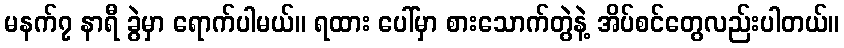
မနက်၇ နာရီ ခွဲမှာ ရောက်ပါမယ်။ ရထား ပေါ်မှာ စားသောက်တွဲနဲ့ အိပ်စင်တွေလည်းပါတယ်။